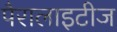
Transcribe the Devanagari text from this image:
पैरालाइटीज